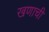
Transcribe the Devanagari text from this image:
खणाची